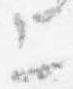
上